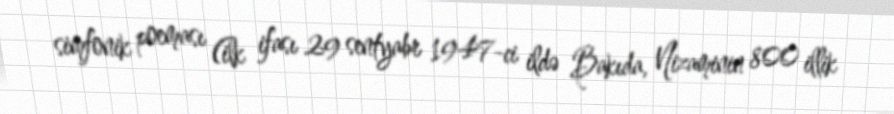
simfonik poeması (ilk ifası 29 sentyabr 1947-ci ildə Bakıda, Nizaminin 800 illik